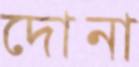
দোনা